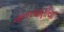
માતરવાણીયા